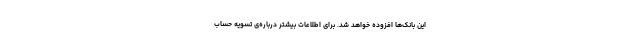
این بانک‌ها افزوده خواهد شد. برای اطلاعات بیشتر درباره‌ی تسویه حساب